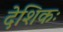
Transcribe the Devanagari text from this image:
देशिकः